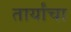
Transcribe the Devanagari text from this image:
तार्यांचा